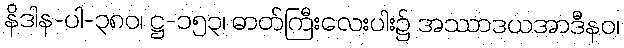
နိဒါန-ပါ-၃၈၀၊ ဋ္ဌ-၁၅၃၊ ဓာတ်ကြီးလေးပါး၌ အဿာဒယအာဒီနဝ၊